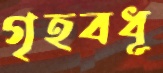
গৃহবধূ